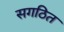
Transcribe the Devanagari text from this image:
सगठित